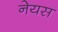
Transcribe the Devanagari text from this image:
नेयस